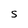
Character: S